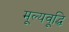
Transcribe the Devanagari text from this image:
मूल्यवूद्धि